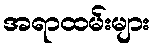
အရာထမ်းများ